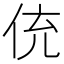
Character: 𬾁